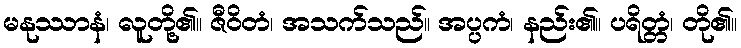
မနုဿာနံ၊ လူတို့၏။ ဇီဝိတံ၊ အသက်သည်။ အပ္ပကံ၊ နည်း၏။ ပရိတ္တံ၊ တို၏။